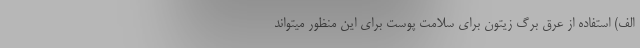
الف) استفاده از عرق برگ زیتون برای سلامت پوست برای این منظور میتواند